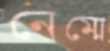
নেম্মে